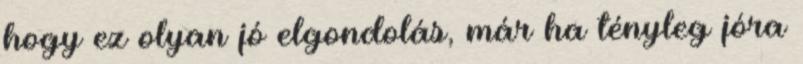
hogy ez olyan jó elgondolás, már ha tényleg jóra